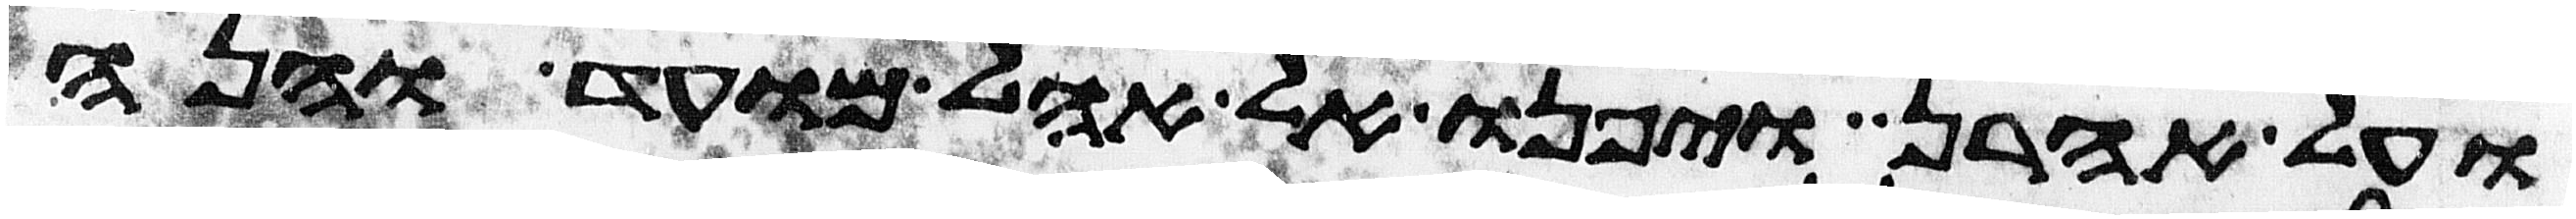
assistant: ועל אהרן ויפנו אל אהל מועד והנה